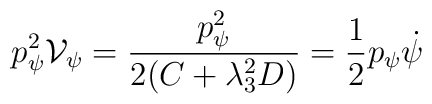
p_{\psi}^{2}{\cal V}_{\psi}=\frac{p_{\psi}^{2}}{2(C+\lambda_{3}^{2}D)}=\frac{1}{2}p_{\psi}\dot{\psi}